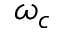
\omega _ { c }